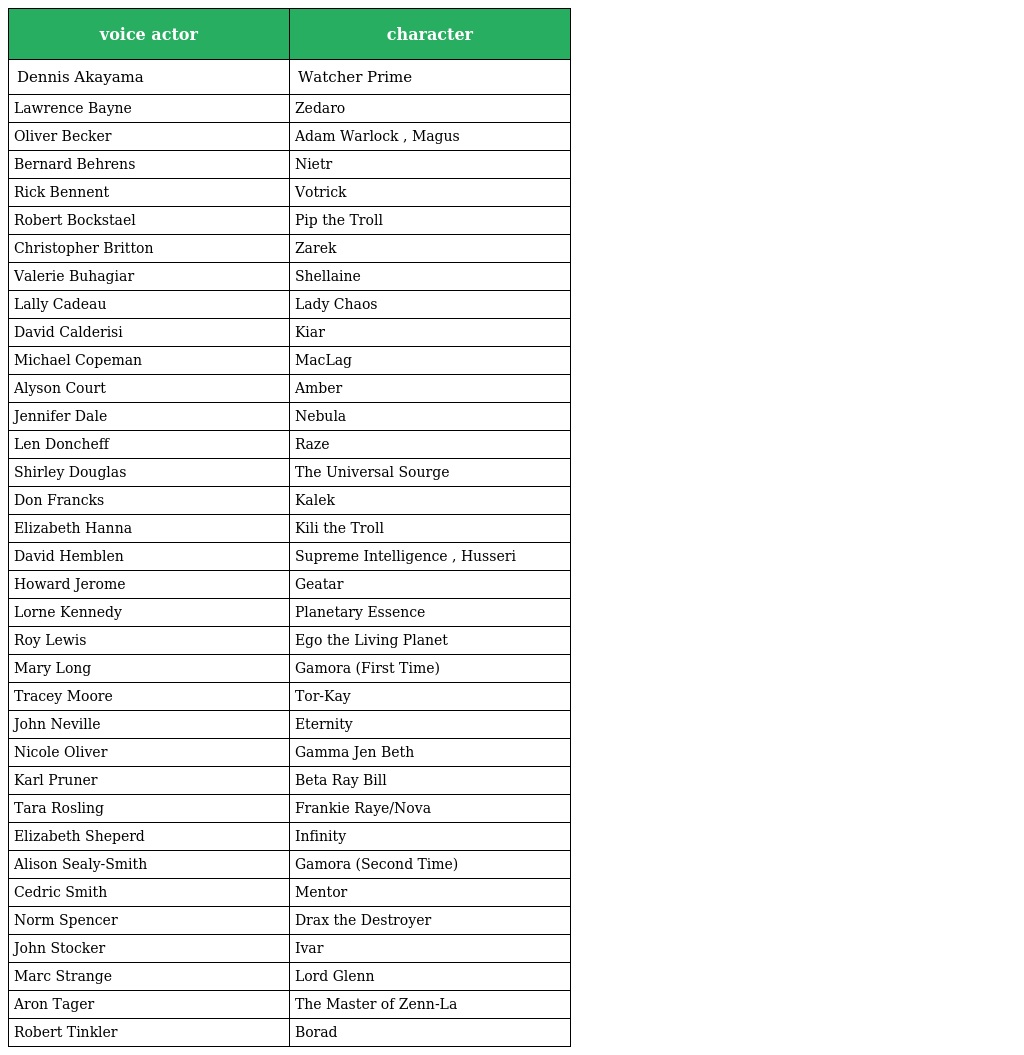
| voice actor | character |
 | --- | --- |
 | Dennis Akayama | Watcher Prime |
 | Lawrence Bayne | Zedaro |
 | Oliver Becker | Adam Warlock , Magus |
 | Bernard Behrens | Nietr |
 | Rick Bennent | Votrick |
 | Robert Bockstael | Pip the Troll |
 | Christopher Britton | Zarek |
 | Valerie Buhagiar | Shellaine |
 | Lally Cadeau | Lady Chaos |
 | David Calderisi | Kiar |
 | Michael Copeman | MacLag |
 | Alyson Court | Amber |
 | Jennifer Dale | Nebula |
 | Len Doncheff | Raze |
 | Shirley Douglas | The Universal Sourge |
 | Don Francks | Kalek |
 | Elizabeth Hanna | Kili the Troll |
 | David Hemblen | Supreme Intelligence , Husseri |
 | Howard Jerome | Geatar |
 | Lorne Kennedy | Planetary Essence |
 | Roy Lewis | Ego the Living Planet |
 | Mary Long | Gamora (First Time) |
 | Tracey Moore | Tor-Kay |
 | John Neville | Eternity |
 | Nicole Oliver | Gamma Jen Beth |
 | Karl Pruner | Beta Ray Bill |
 | Tara Rosling | Frankie Raye/Nova |
 | Elizabeth Sheperd | Infinity |
 | Alison Sealy-Smith | Gamora (Second Time) |
 | Cedric Smith | Mentor |
 | Norm Spencer | Drax the Destroyer |
 | John Stocker | Ivar |
 | Marc Strange | Lord Glenn |
 | Aron Tager | The Master of Zenn-La |
 | Robert Tinkler | Borad |